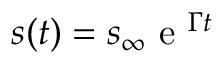
s ( t ) = s _ { \infty } \mathrm { ~ e ~ } ^ { \Gamma t }